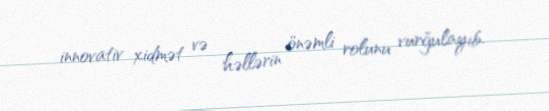
innovativ xidmət və həllərin önəmli rolunu vurğulayıb.